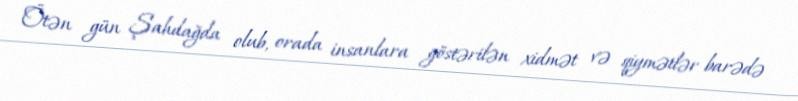
Ötən gün Şahdağda olub, orada insanlara göstərilən xidmət və qiymətlər barədə